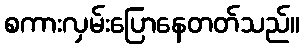
စကားလှမ်းပြောနေတတ်သည်။